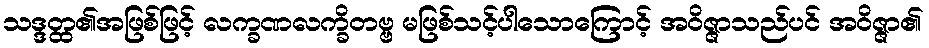
သဒ္ဒတ္ထ၏အဖြစ်ဖြင့် လက္ခဏလက္ခိတဗ္ဗ မဖြစ်သင့်ပါသောကြောင့် အဝိဇ္ဇာသည်ပင် အဝိဇ္ဇာ၏